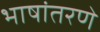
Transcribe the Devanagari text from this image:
भाषांतरणे